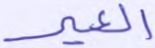
العير